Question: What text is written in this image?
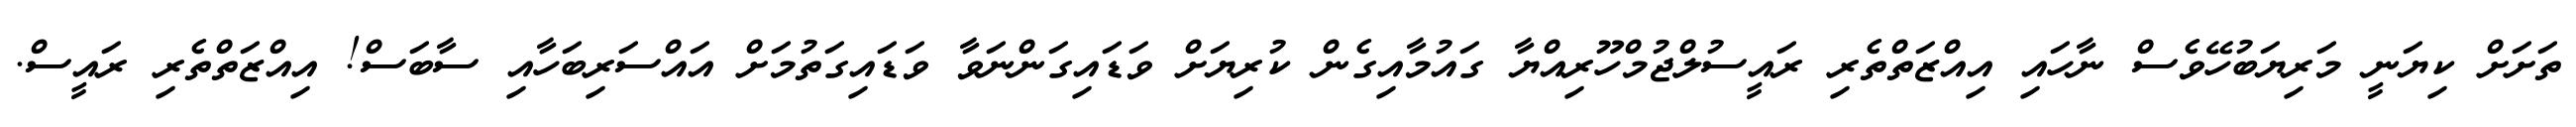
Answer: ތަށަށް ކިޔަނީ މަރިޔަބުހޭވެސް ނާހައި އިއްޒަތްތެރި ރައީސުލްޖުމްހޫރިއްޔާ ގައުމާއިގެން ކުރިޔަށް ވަޑައިގަންނަވާ ވަޑައިގަތުމަށް އައްސަރިބަހާއި ސާބަސް! އިއްޒަތްތެރި ރައީސް.